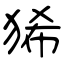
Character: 狶